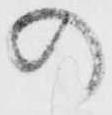
の